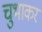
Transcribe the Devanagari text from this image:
चुभाकर